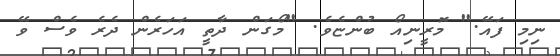
ނިމި ފައޭ." މޮރީނިއޯ ބުންޏެވެ. "މޯގަން ދާތީ އަހަރެން ދެރެ ވެސް ވޭ